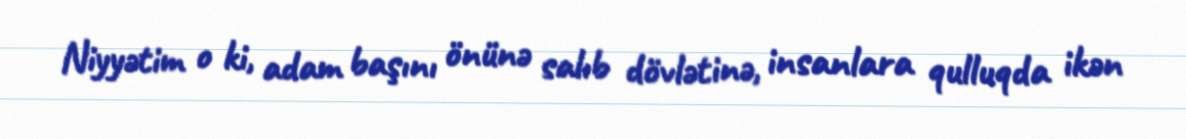
Niyyətim o ki, adam başını önünə salıb dövlətinə, insanlara qulluqda ikən